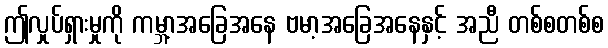
ဤလှုပ်ရှားမှုကို ကမ္ဘာ့အခြေအနေ ဗမာ့အခြေအနေနှင့် အညီ တစ်စတစ်စ